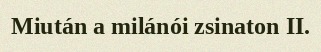
Miután a milánói zsinaton II.